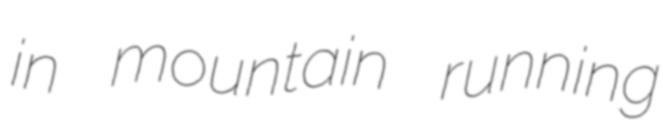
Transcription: in mountain running